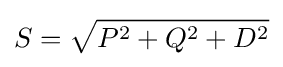
S={\sqrt {P^{2}+Q^{2}+D^{2}}}